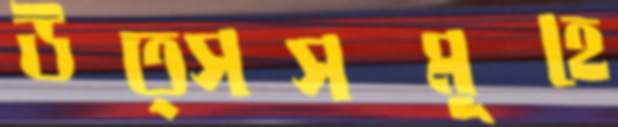
উত্সসমূহে